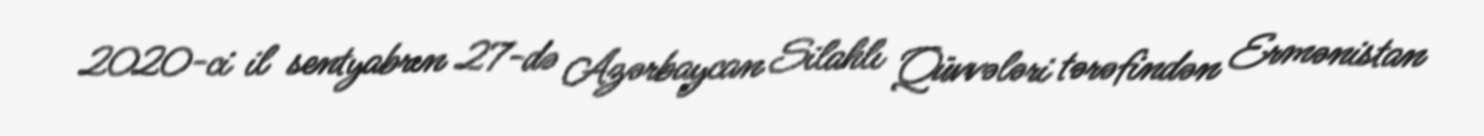
2020-ci il sentyabrın 27-də Azərbaycan Silahlı Qüvvələri tərəfindən Ermənistan